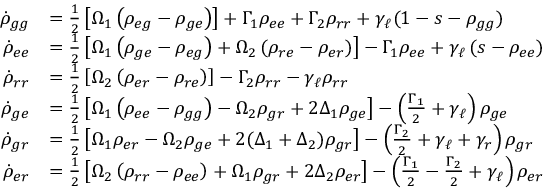
\begin{array} { r l } { \dot { \rho } _ { g g } } & { = \frac { 1 } { 2 } \left[ \Omega _ { 1 } \left( \rho _ { e g } - \rho _ { g e } \right) \right] + \Gamma _ { 1 } \rho _ { e e } + \Gamma _ { 2 } \rho _ { r r } + \gamma _ { \ell } ( 1 - s - \rho _ { g g } ) } \\ { \dot { \rho } _ { e e } } & { = \frac { 1 } { 2 } \left[ \Omega _ { 1 } \left( \rho _ { g e } - \rho _ { e g } \right) + \Omega _ { 2 } \left( \rho _ { r e } - \rho _ { e r } \right) \right] - \Gamma _ { 1 } \rho _ { e e } + \gamma _ { \ell } \left( s - \rho _ { e e } \right) } \\ { \dot { \rho } _ { r r } } & { = \frac { 1 } { 2 } \left[ \Omega _ { 2 } \left( \rho _ { e r } - \rho _ { r e } \right) \right] - \Gamma _ { 2 } \rho _ { r r } - \gamma _ { \ell } \rho _ { r r } } \\ { \dot { \rho } _ { g e } } & { = \frac { 1 } { 2 } \left[ \Omega _ { 1 } \left( \rho _ { e e } - \rho _ { g g } \right) - \Omega _ { 2 } \rho _ { g r } + 2 \Delta _ { 1 } \rho _ { g e } \right] - \left( \frac { \Gamma _ { 1 } } { 2 } + \gamma _ { \ell } \right) \rho _ { g e } } \\ { \dot { \rho } _ { g r } } & { = \frac { 1 } { 2 } \left[ \Omega _ { 1 } \rho _ { e r } - \Omega _ { 2 } \rho _ { g e } + 2 ( \Delta _ { 1 } + \Delta _ { 2 } ) \rho _ { g r } \right] - \left( \frac { \Gamma _ { 2 } } { 2 } + \gamma _ { \ell } + \gamma _ { r } \right) \rho _ { g r } } \\ { \dot { \rho } _ { e r } } & { = \frac { 1 } { 2 } \left[ \Omega _ { 2 } \left( \rho _ { r r } - \rho _ { e e } \right) + \Omega _ { 1 } \rho _ { g r } + 2 \Delta _ { 2 } \rho _ { e r } \right] - \left( \frac { \Gamma _ { 1 } } { 2 } - \frac { \Gamma _ { 2 } } { 2 } + \gamma _ { \ell } \right) \rho _ { e r } } \end{array}